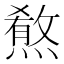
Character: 𤎦